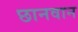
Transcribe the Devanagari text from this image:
छानवान